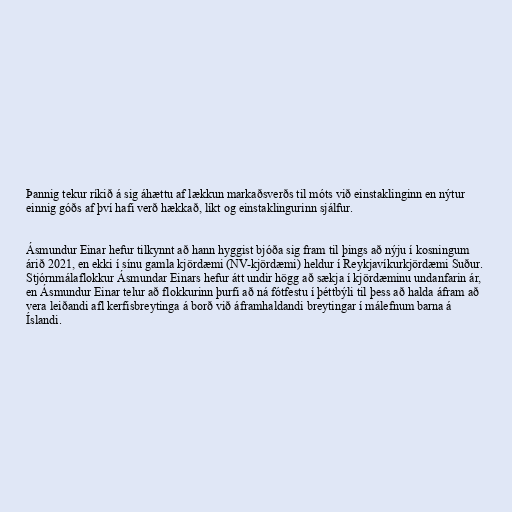
Þannig tekur ríkið á sig áhættu af lækkun markaðsverðs til móts við einstaklinginn en nýtur
einnig góðs af því hafi verð hækkað, líkt og einstaklingurinn sjálfur.

Ásmundur Einar hefur tilkynnt að hann hyggist bjóða sig fram til þings að nýju í kosningum
árið 2021, en ekki í sínu gamla kjördæmi (NV-kjördæmi) heldur í Reykjavíkurkjördæmi Suður.
Stjórnmálaflokkur Ásmundar Einars hefur átt undir högg að sækja í kjördæminu undanfarin ár,
en Ásmundur Einar telur að flokkurinn þurfi að ná fótfestu í þéttbýli til þess að halda áfram að
vera leiðandi afl kerfisbreytinga á borð við áframhaldandi breytingar í málefnum barna á
Íslandi.